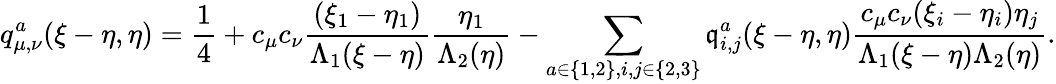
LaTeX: q_{\mu,\nu}^{a}(\xi-\eta,\eta)=\frac{1}{4}+c_{\mu}c_{\nu}\frac{(\xi_{1}-\eta_{1})}{\Lambda_{1}(\xi-\eta)}\frac{\eta_{1}}{\Lambda_{2}(\eta)}-\sum_{a\in\{ 1,2\} ,i,j\in\{ 2,3\} }\mathfrak{q}_{i,j}^{a}(\xi-\eta,\eta)\frac{c_{\mu}c_{\nu}(\xi_{i}-\eta_{i})\eta_{j}}{\Lambda_{1}(\xi-\eta)\Lambda_{2}(\eta)}.